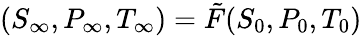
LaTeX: (S_{\infty},P_{\infty},T_{\infty})=\tilde{F}(S_{0},P_{0},T_{0})